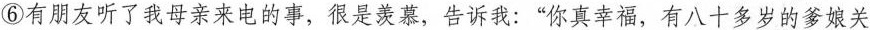
⑥有朋友听了我母亲来电的事，很是羡慕，告诉我：”你真幸福，有八十多岁的爹娘关